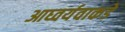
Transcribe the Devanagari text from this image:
आघ्वर्यवाकडे